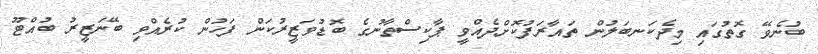
ބުނެވޭ ގޮތުގައި މިދެކަނބަލުން ތައާރަފުކޮށްދެއްވީ ޕާކިސްތާނުގެ ބޮޑުވަޒީރުކަން ފަހުން ކުރެއްވި ބޭނަޒީރު ބުއްޓޫ